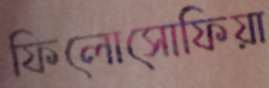
ফিলোসোফিয়া